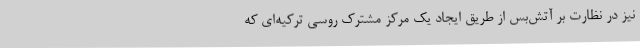
نیز در نظارت بر آتش‌بس از طریق ایجاد یک مرکز مشترک روسی ترکیه‌ای که